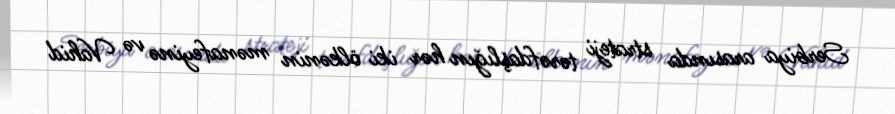
Serbiya arasında strateji tərəfdaşlığın hər iki ölkənin mənafeyinə və Vahid